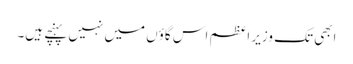
ابھی تک وزیر اعظم اس گاؤں میں نہیں پہنچے ہیں۔